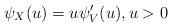
LaTeX: \begin{align*} \psi_X(u)= u\psi_V'(u), u> 0\end{align*}